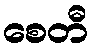
စေတီ